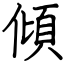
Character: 傾